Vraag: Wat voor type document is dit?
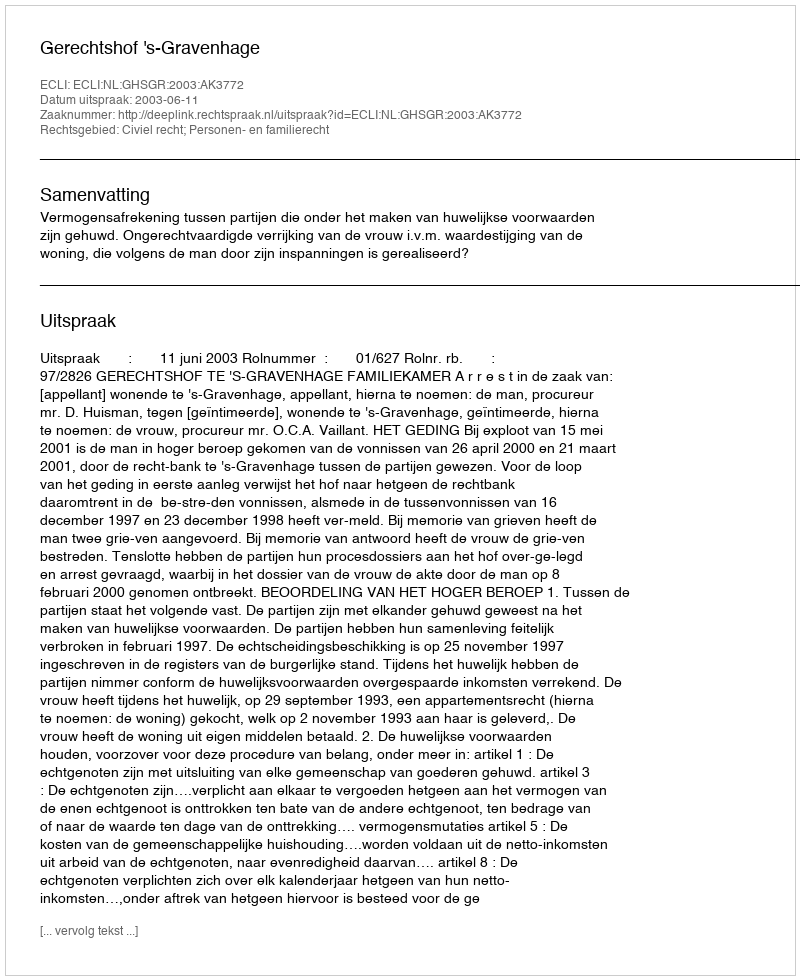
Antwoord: Uitspraak